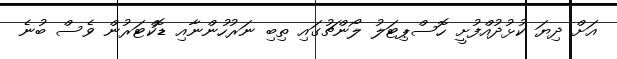
އަށް ދިޔަ ކުޅުދުއްފުށީ ހޮސްޕިޓަލު ލޯންޗުގައި ތިބި ނަރުހުންނާއި ޑޮކްޓަރުން ވެސް ބުނެ